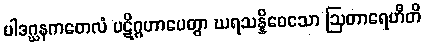
ပါဒဂ္ဃနကတေလံ ပဋိဂ္ဂဟာပေတွာ ဃရသန္နိဝေသော ဩတာရေဟီတိ